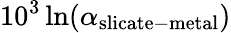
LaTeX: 10^{3}\ln(\alpha_{\mathrm{slicate-metal}})